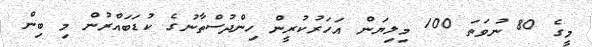
މީގެ 80 ނުވަތަ 100 މިލިޔަން އަހަރުކުރީން ހިންދުސްތާނުގެ ކުޑަބައްރުން މި ބިން